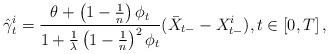
LaTeX: \begin{align*}\hat\gamma^i _t=\frac{\theta+\left(1-\frac{1}{n}\right)\phi_t}{1+\frac{1}{\lambda}\left(1-\frac{1}{n}\right)^2\phi_t}(\bar X_{t-}-X^i_{t-}), t\in[0,T]\, ,\end{align*}